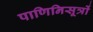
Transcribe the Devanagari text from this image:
पाणिनिसूत्रों